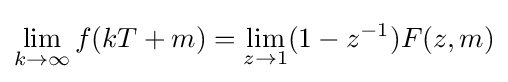
\lim _{k\to \infty }f(kT+m)=\lim _{z\to 1}(1-z^{-1})F(z,m)